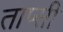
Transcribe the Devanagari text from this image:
ताप्सी